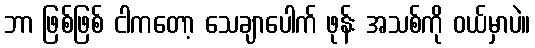
ဘာ ဖြစ်ဖြစ် ငါကတော့ သေချာပေါက် ဖုန်း အသစ်ကို ဝယ်မှာပဲ။